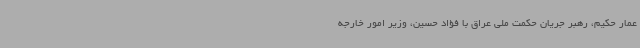
عمار حکیم، رهبر جریان حکمت ملی عراق با فؤاد حسین، وزیر امور خارجه